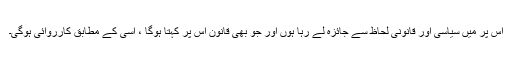
اس پر میں سیاسی اور قانونی لحاظ سے جائزہ لے رہا ہوں اور جو بھی قانون اس پر کہتا ہوگا ، اسی کے مطابق کارروائی ہوگی۔